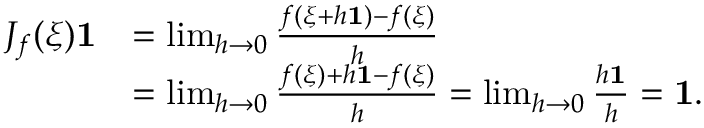
\begin{array} { r l } { J _ { f } ( \xi ) \mathbf { 1 } } & { = \operatorname* { l i m } _ { h \rightarrow 0 } \frac { f ( \xi + h \mathbf { 1 } ) - f ( \xi ) } { h } } \\ & { = \operatorname* { l i m } _ { h \rightarrow 0 } \frac { f ( \xi ) + h \mathbf { 1 } - f ( \xi ) } { h } = \operatorname* { l i m } _ { h \rightarrow 0 } \frac { h \mathbf { 1 } } { h } = \mathbf { 1 } . } \end{array}